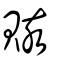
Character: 賅